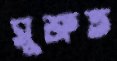
সুশ্রুত